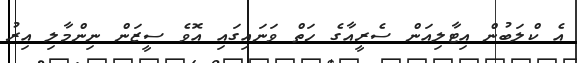
އެ ކްލަބުން އިޓާލިއަން ސެރީއާގެ ހަތް ވަނައިގައި އޮވެ ސީޒަން ނިންމާލި އިރު